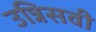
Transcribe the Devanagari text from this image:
उन्निसवी